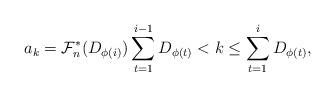
LaTeX: \begin{align*}a_k = \mathcal{F}_n^\ast(D_{\phi(i)}) \sum_{t = 1}^{i - 1} D_{\phi(t)} < k \le \sum_{t = 1}^i D_{\phi(t)},\end{align*}